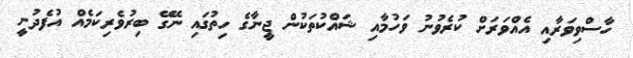
ހާސްވިވަރާއި އެއްވަރަށް ކުރެވުނު ވަހުމާއި ޝައްކުތަކުން ޖީނާގެ ހިތުގައި ނޭގޭ ބިރުވެރިކަމެއް އުފެދުނީ